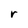
Character: r